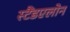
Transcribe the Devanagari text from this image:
स्टैंडएलोन